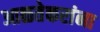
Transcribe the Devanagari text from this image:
आळतेकरांना